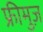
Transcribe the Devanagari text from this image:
फ्रीमुज़